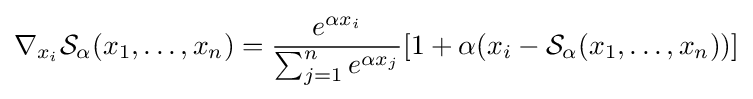
\nabla _{x_{i}}{\mathcal {S}}_{\alpha }(x_{1},\ldots ,x_{n})={\frac {e^{\alpha x_{i}}}{\sum _{j=1}^{n}e^{\alpha x_{j}}}}[1+\alpha (x_{i}-{\mathcal {S}}_{\alpha }(x_{1},\ldots ,x_{n}))]